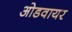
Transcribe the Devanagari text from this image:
ओडवायर